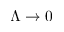
\Lambda \rightarrow 0